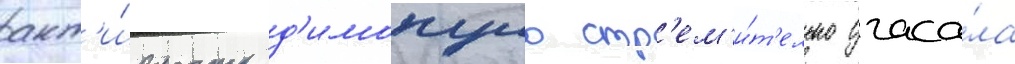
акт'и́вность д'имопуло стр'ем'и́т'ельно угаса́ла